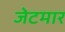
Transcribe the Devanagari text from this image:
जेटमार